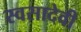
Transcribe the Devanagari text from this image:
स्वसादेवी